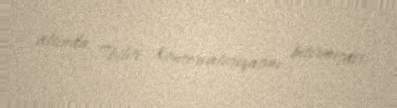
altında Tbilisi Konservatoriyasını bitirmişdir.